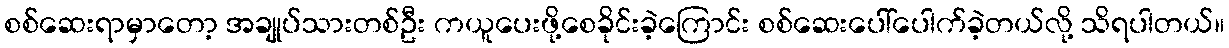
စစ်ဆေးရာမှာတော့ အချုပ်သားတစ်ဦး ကယူပေးဖို့စေခိုင်းခဲ့ကြောင်း စစ်ဆေးပေါ်ပေါက်ခဲ့တယ်လို့ သိရပါတယ်။